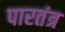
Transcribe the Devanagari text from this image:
पारतंत्र